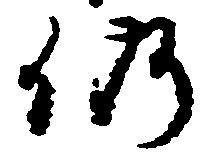
仍